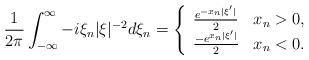
LaTeX: \begin{align*}\frac{1}{2\pi}\int^\infty_{-\infty}-i\xi_n|\xi|^{-2}d\xi_n=\Bigg\{\begin{array}{ll}\frac{e^{-x_n|\xi'|}}{2} & x_n>0, \\\frac{-e^{x_n|\xi'|}}{2} & x_n<0.\\\end{array}\end{align*}